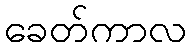
ခေတ်ကာလ